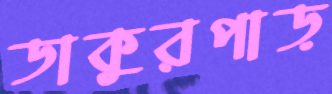
ডাকুরপাড়